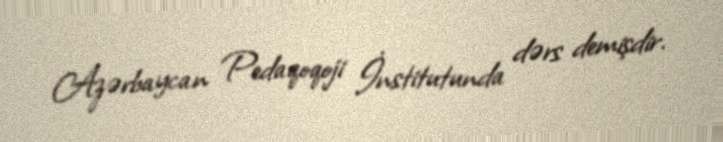
Azərbaycan Pedaqoqoji İnstitutunda dərs demişdir.